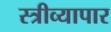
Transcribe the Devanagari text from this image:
स्त्रीव्यापार